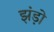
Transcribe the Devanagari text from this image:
झंड़ो